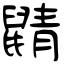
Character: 鼱